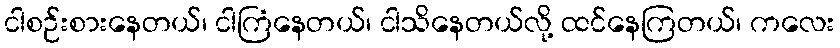
ငါစဉ်းစားနေတယ်၊ ငါကြံနေတယ်၊ ငါသိနေတယ်လို့ ထင်နေကြတယ်၊ ကလေး